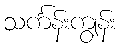
သင်္ကန်းကျွန်း